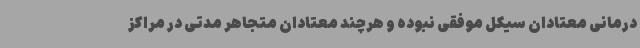
درمانی معتادان سیکل موفقی نبوده و هرچند معتادان متجاهر مدتی در مراکز